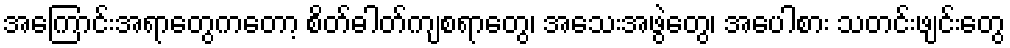
အကြောင်းအရာတွေကတော့ စိတ်ဓါတ်ကျစရာတွေ၊ အသေးအဖွဲတွေ၊ အပေါစား သတင်းဖျင်းတွေ